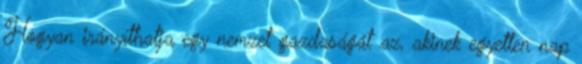
Hogyan irányíthatja egy nemzet gazdaságát az, akinek egyetlen nap